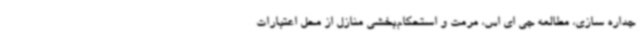
جداره سازی، مطالعه جی ای اس، مرمت و استحکام‌بخشی منازل از محل اعتبارات